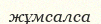
жұмсалса